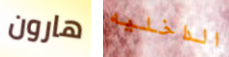
هارون الداخليه